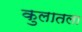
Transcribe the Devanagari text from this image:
कुलातला